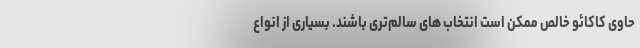
حاوی کاکائو خالص ممکن است انتخاب های سالم‌تری باشند. بسیاری از انواع